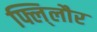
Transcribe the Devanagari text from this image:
फ्लि्लौर